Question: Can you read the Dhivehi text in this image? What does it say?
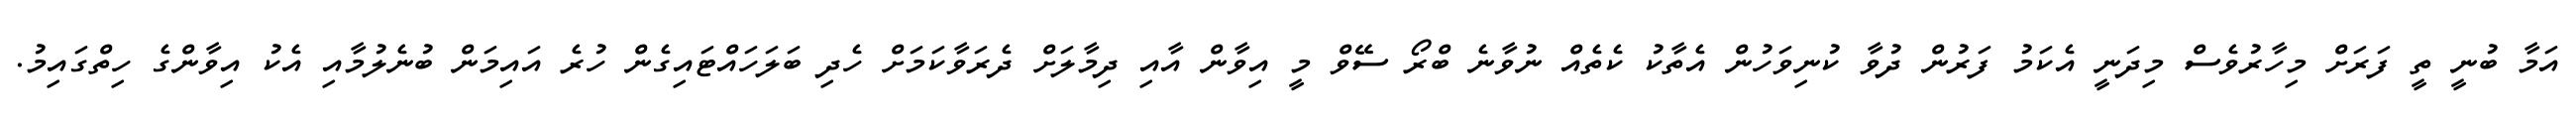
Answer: އަމާ ބުނީ ތީ ފަރަށް މިހާރުވެސް މިދަނީ އެކަމު ފަރުން ދުވާ ކުނިވަހުން އެތާކު ކެތެއް ނުވާނެ ބްރޯ ސޭވް މީ އިވާން އާއި ދިމާލަށް ދެރަވާކަމަށް ހެދި ބަލަހައްޓައިގެން ހުރެ އައިމަން ބުނެލުމާއި އެކު އިވާންގެ ހިތްގައިމު.